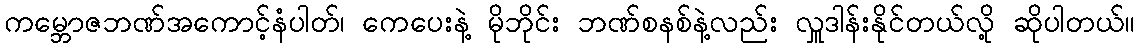
ကမ္ဘောဇဘဏ်အကောင့်နံပါတ်၊ ကေပေးနဲ့ မိုဘိုင်း ဘဏ်စနစ်နဲ့လည်း လှူဒါန်းနိုင်တယ်လို့ ဆိုပါတယ်။